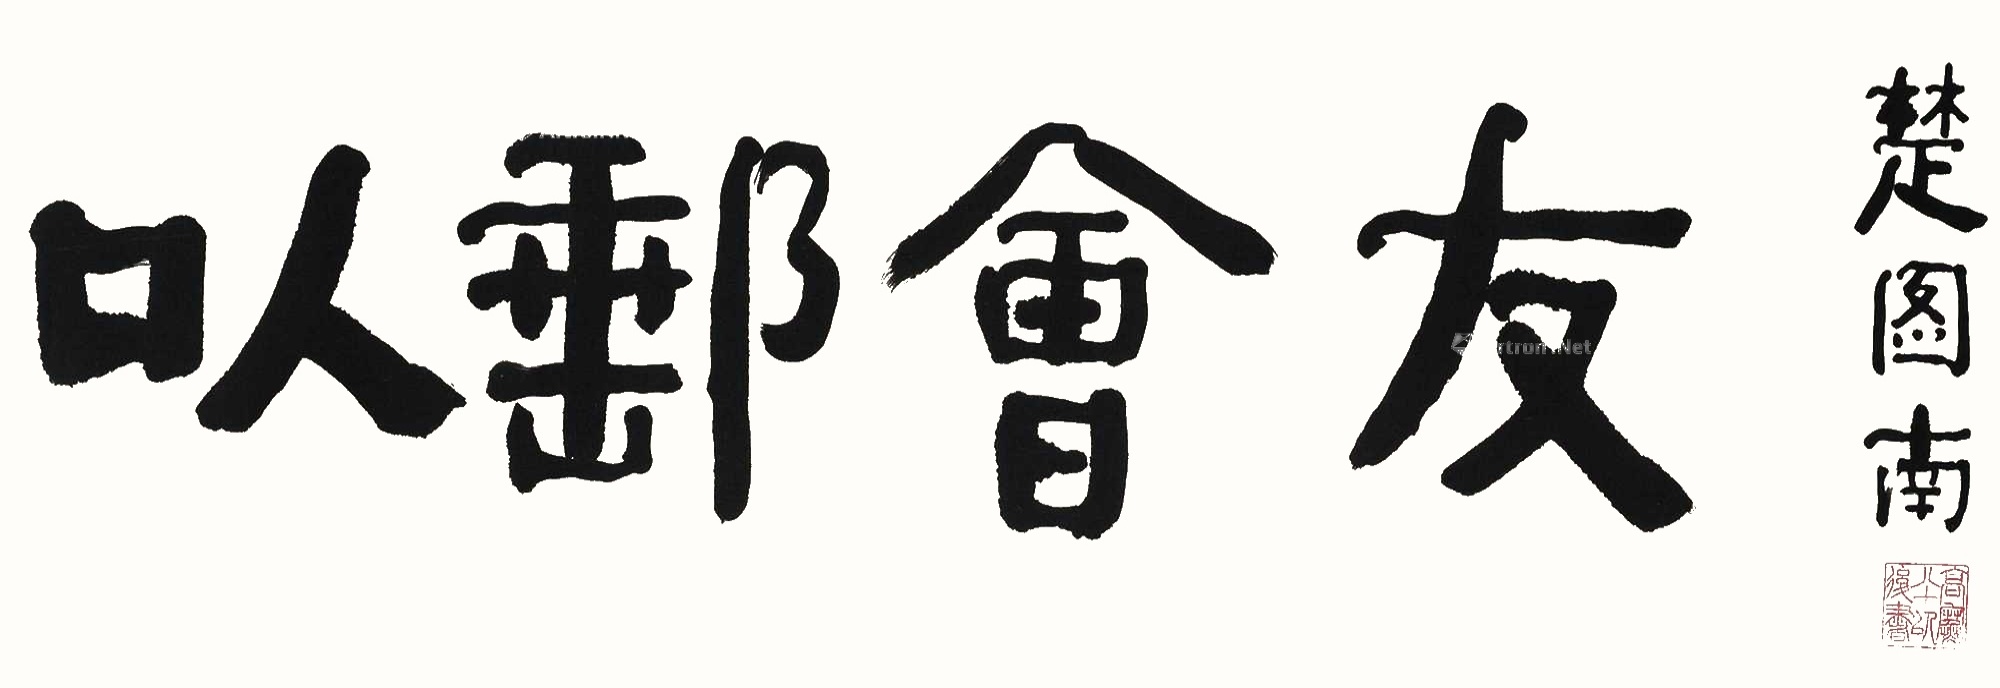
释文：以邮会友楚图南。